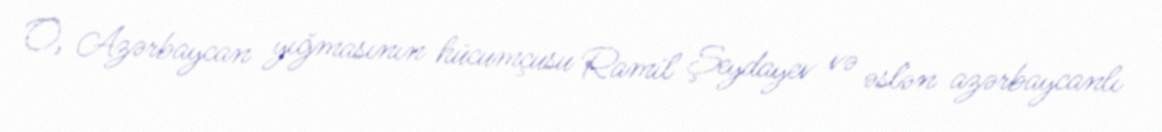
O, Azərbaycan yığmasının hücumçusu Ramil Şeydayev və əslən azərbaycanlı